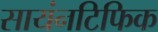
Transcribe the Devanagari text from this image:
सायंनटिफिक